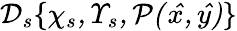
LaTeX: \cal D_{s}\{ \chi_{s},\Upsilon_{s},P(\hat{x},\hat{y})\}